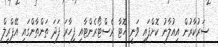
ސަރުކާރުން އިއުލާނު ކޮށްފައި ވަނީ ހޮޓާ ރެސްޓޯރެންޓާއި ފިހާރަ ފަދަ ތަންތާންގައި އޭޕްރީލް